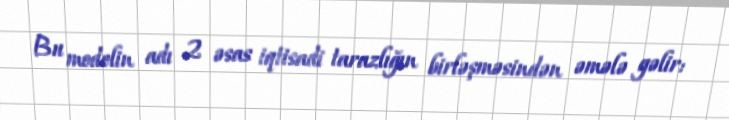
Bu modelin adı 2 əsas iqtisadi tarazlığın birləşməsindən əmələ gəlir: